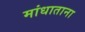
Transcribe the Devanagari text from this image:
मांधाताना